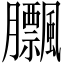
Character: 𦣕